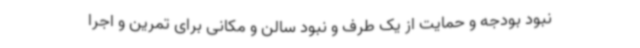
نبود بودجه و حمایت از یک طرف و نبود سالن و مکانی برای تمرین و اجرا